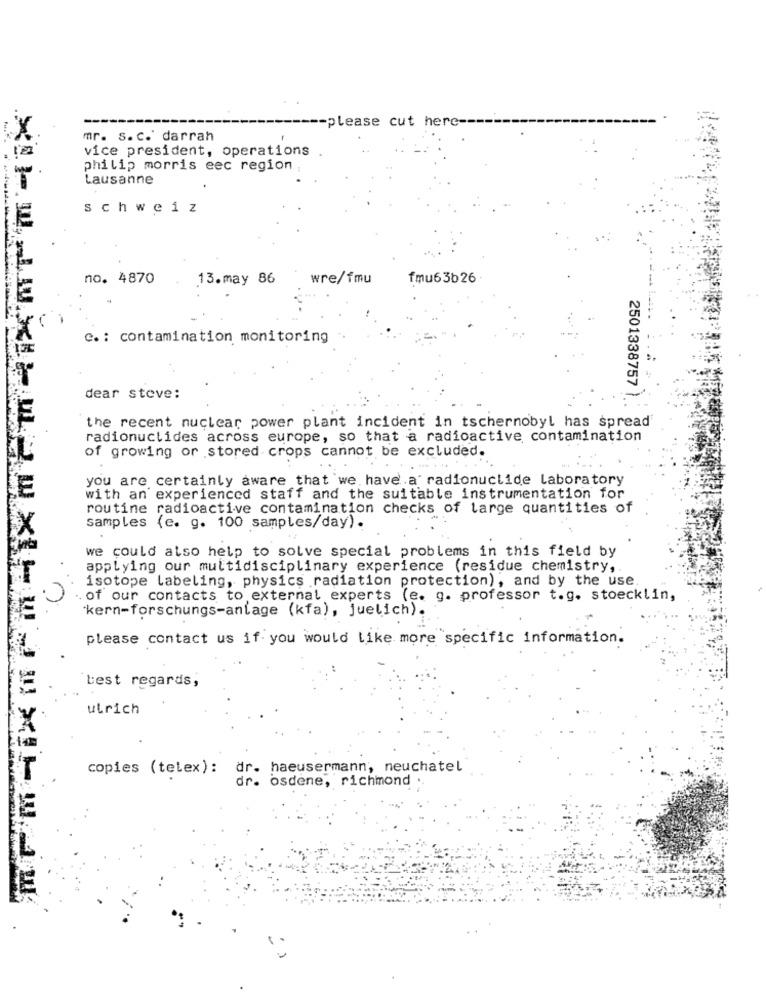
-please cut here-
mr. s. c.' darrah
vice president, operations
philip morris eec region ;
Lausanne
schweiz
no. 4870
13.may 86
wre/fmu
fmu63b26
c. : contamination monitoring
2501338757
dear steve:
the recent nuclear power plant incident in tschernobyl has spread
radionuctides across europe, so that a radioactive contamination
of growing or stored crops cannot be excluded.
you are certainly aware that we have a radionuclide laboratory
with an experienced staff and the suitable instrumentation for
routine radioactive contamination checks of large quantities of
samples (e. g. 100 samples/day).
we could also help to solve special problems in this field by
applying our multidisciplinary experience (residue chemistry,
isotope labeling, physics radiation protection), and by the use
.. of our contacts to external experts (e. g. professor t.g. stoecklin,
kern-forschungs-anlage (kfa), juelich).
please contact us if you would Like more specific information.
best regards,
ulrich
copies (telex): dr. haeusermann, neuchatel
dr. osdene, richmond .